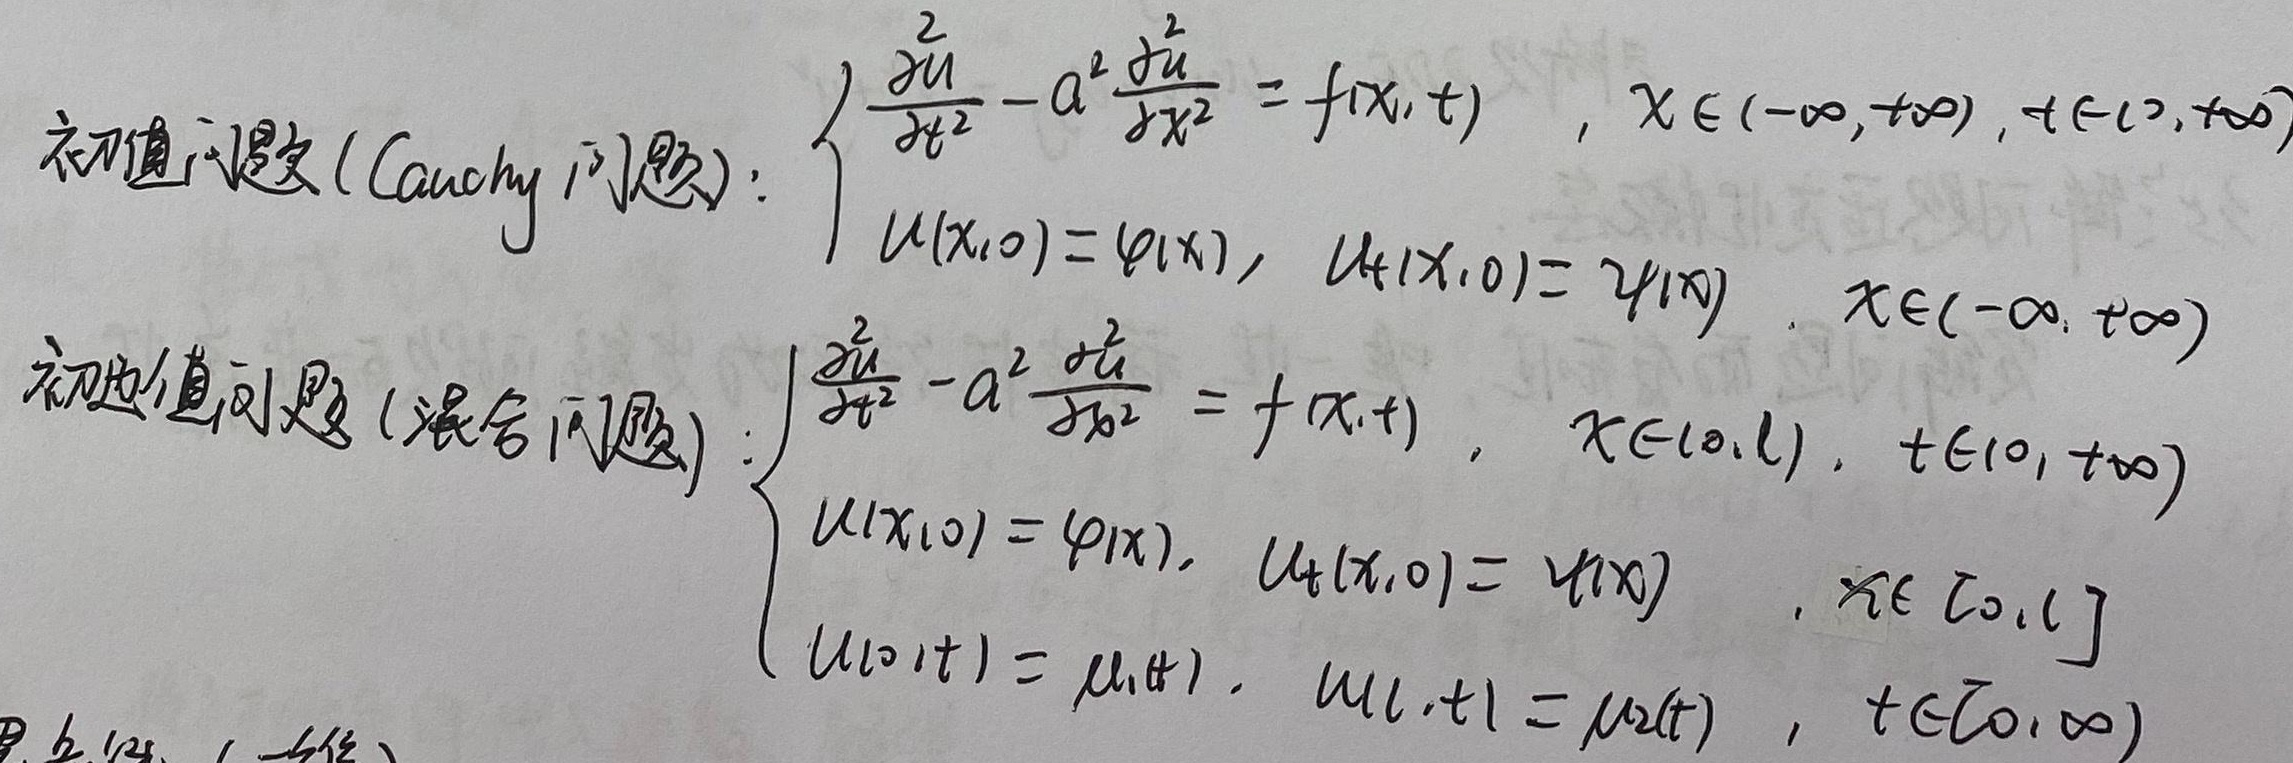
初值问题 (Cauchy 问题):
\[\begin{cases}
\frac{\partial^2 u}{\partial t^2} - a^2\frac{\partial^2 u}{\partial x^2} = f(x,t), & x \in (-\infty, +\infty), t \in (0, +\infty) \\
u(x,0) = \varphi(x), & u_t(x,0) = \psi(x), x \in (-\infty, +\infty)
\end{cases}\]
初边值问题 (混合问题):
\[\begin{cases}
\frac{\partial^2 u}{\partial t^2} - a^2\frac{\partial^2 u}{\partial x^2} = f(x,t), & x \in (0, l), t \in (0, +\infty) \\
u(x,0) = \varphi(x), & u_t(x,0) = \psi(x), x \in [0, l] \\
u(0,t) = \mu_1(t), & u(l,t) = \mu_2(t), t \in [0, +\infty)
\end{cases}\]